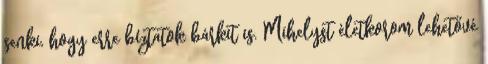
senki, hogy erre bíztatok bárkit is. Mihelyst életkorom lehetővé